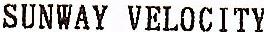
SUNWAY VELOCITY